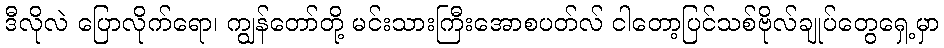
ဒီလိုလဲ ပြောလိုက်ရော၊ ကျွန်တော်တို့ မင်းသားကြီးအောစပတ်လ် ငါတော့ပြင်သစ်ဗိုလ်ချုပ်တွေရှေ့မှာ